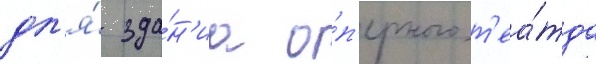
дл'я́ зда́н'иа о́п'ерного т'еа́тра